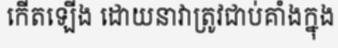
កើតឡើង ដោយនាវាត្រូវជាប់គាំងក្នុង